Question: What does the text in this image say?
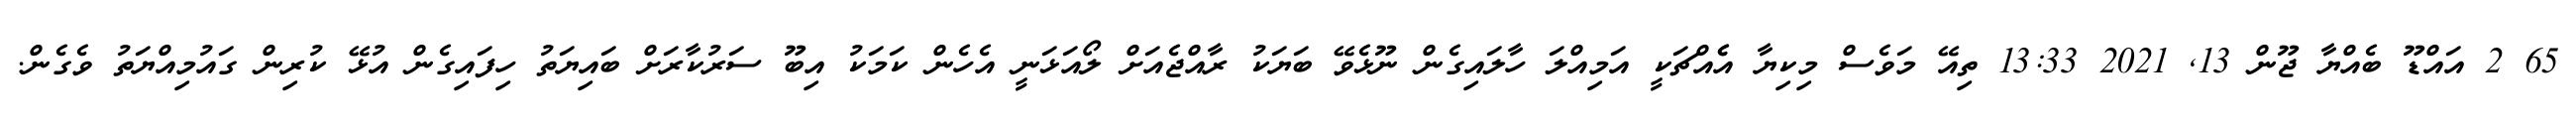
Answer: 65 2 އައްޑޫ ބެއްޔާ ޖޫން 13, 2021 13:33 ތިއޭ މަވެސް މިކިޔާ އެެއްޗަކީ އަމިއްލަ ހާލައިގެން ނޫޅެވޭ ބަޔަކު ރާއްޖެއަށް ލޯއަޅަނީ އެހެން ކަމަކު އިބޫ ސަރުކާރަށް ބައިޔަތު ހިފައިގެން އުޅޭ ކުރިން ގައުމިއްޔަތު ވެގެން.